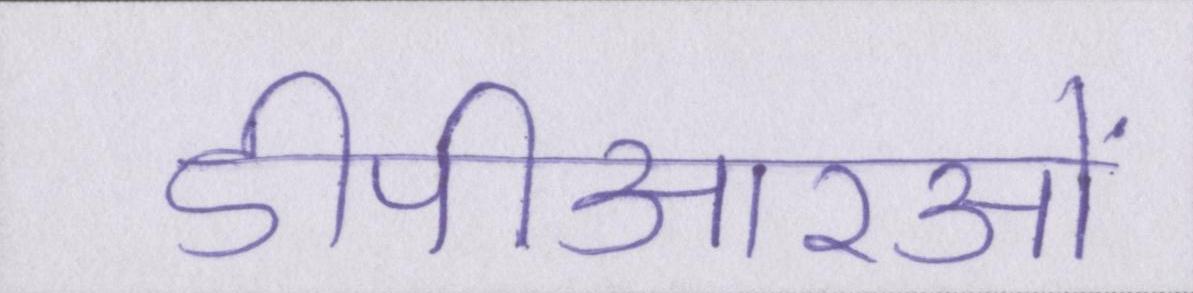
डीपीआरओं